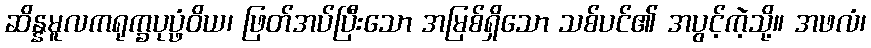
ဆိန္နမူလကရုက္ခပုပ္ဖံဝိယ၊ ဖြတ်အပ်ပြီးသော အမြစ်ရှိသော သစ်ပင်၏ အပွင့်ကဲ့သို့။ အဖလံ၊